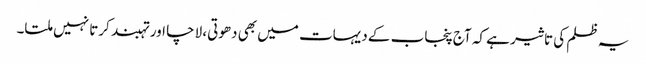
یہ ظلم کی تاثیر ہے کہ آج پنجاب کے دیہات میں بھی دھوتی، لاچا اور تہبند کرتا نہیں ملتا۔